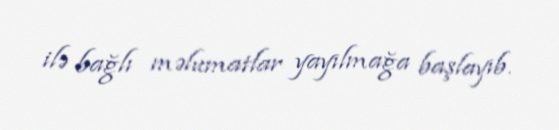
ilə bağlı məlumatlar yayılmağa başlayıb.